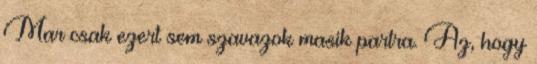
Mar csak ezert sem szavazok masik partra. Az, hogy